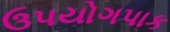
ઉપયોગપાક